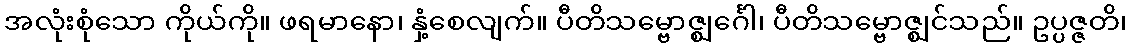
အလုံးစုံသော ကိုယ်ကို။ ဖရမာနော၊ နှံ့စေလျက်။ ပီတိသမ္ဗောဇ္ဈင်္ဂေါ၊ ပီတိသမ္ဗောဇ္ဈင်သည်။ ဥပ္ပဇ္ဇတိ၊